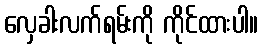
လှေခါးလက်ရမ်းကို ကိုင်ထားပါ။